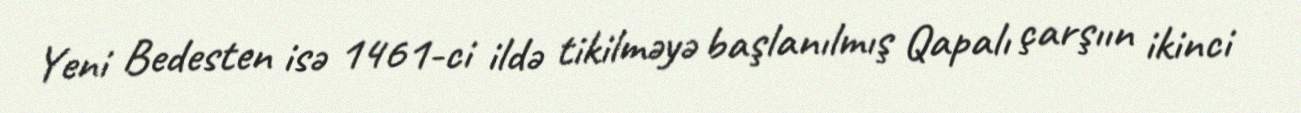
Yeni Bedesten isə 1461-ci ildə tikilməyə başlanılmış Qapalı çarşıın ikinci